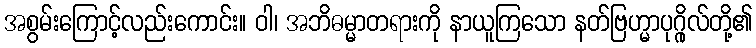
အစွမ်းကြောင့်လည်းကောင်း။ ဝါ၊ အဘိဓမ္မာတရားကို နာယူကြသော နတ်ဗြဟ္မာပုဂ္ဂိုလ်တို့၏